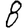
Digit: 8